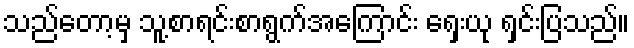
သည်တော့မှ သူ့စာရင်းစာရွက်အကြောင်း ရှေးယု ရှင်းပြသည်။